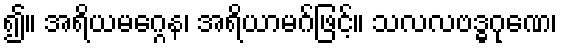
၍။ အရိယမဂ္ဂေန၊ အရိယာမဂ်ဖြင့်။ သလလဗဒ္ဓဂုဏေ၊